Leaving Certificate Examination, 1902
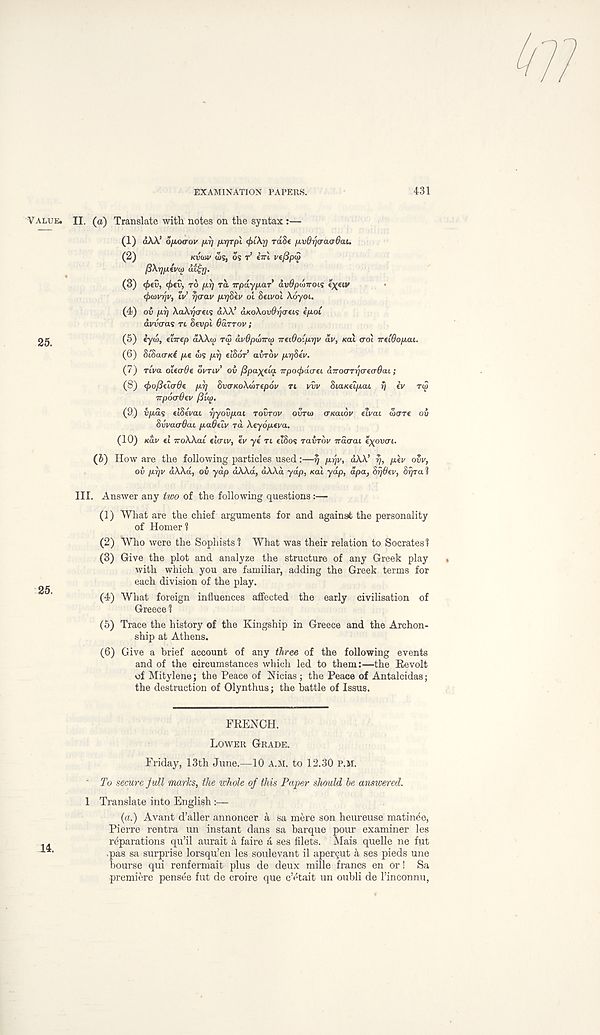
EXAMINATION PAPERS.
431
II. (a) Translate with notes on the syntax:—
(1) dAA 1 ofJ.o<rov fir] fx.r)Tpl <£1X77 rdSe /MvOrjcravOau
(2)
KVWV <Ss, os T’ CTTl vefip<2
f3\r][tiv(i) at$y.
(3) $ev, <^cv, TO
rd irpaypar avOpwirois l^eiv
(fuDvrjv, tv’ ^crav fir]Skv ot Setvol Aoyoi.
(4) ov p.rj AflA^cets dAA’ aKoXovd-r/creis t/tot
dvvcras Tt Sevpt fidrrov ;
(5) eyoS, etirep dAAa) rai avdpdnrip TruOoip.Tjv av, (cat croi ireCOofiai.
(6) StSacrKl fie <Ls
€tSoV a urdv pijSev.
(7) riva oicaOe OVTLV' OV /Spa^eta Trpotpdcrei aTroarTrjcrecrOtu;
(8) (pofieicrde fj.r) 8vaKo\<!>T€p6v Tt viv Sta/tetpat 17 tv rip
TTpoadev /Sia).
(9,) vpds tiStvat r/yovp.ai TOVTOV OVTIO crKaiov elvau wort ou
8vva<rdcu p.a$tlv rd Atydptva.
(10) Kav ti TroAAai eto-tv, tv yt rt ctSos ravrov Trao-ai e\ovtrt.
(b) How are the following particles used:—v
dAA’
ptv ovv,
00 piyv dAAd, oi ydp dAAd, dAAd ydp, xat yap, dpa, 8rj&€v, Srjra 1
III. Answer any too of the following questions:—
(1) What are the chief arguments for and against the personality
of Homer 1
(2) Who were the Sophists? What was their relation to Socrates?
(3) Give the plot and analyze the structure of any Greek play
with which you are familiar, adding the Greek terms for
each division of the play.
(4) What foreign influences affected the early civilisation of
Greece ?
(5) Trace the history of the Kingship in Greece and the Archon-
ship at Athens.
(6) Give a brief account of any three of the following events
and of the circumstances which led to them:—the Revolt
of Mitylene; the Peace of Nicias ; the Peace of Antalcidas;
the destruction of Olynthus; the battle of Issus.
FRENCH.
LOWER GRADE.
Friday, 13th June.—10 A.M. to 12.30 P.M.
' To secure Jull marks, the whole of this Paper should be answered.
1 Translate into English
{a.) Avant d’aller annoncer a sa mere son heureuse matinee,
Pierre rentra un instant dans sa barque pour examiner les
reparations qu’il aurait a faire a ses filets. Mais quelle ne fut
pas sa surprise lorsqu’en les soulevant il apercut a ses pieds une
bourse qui renfermait plus de deux mille francs en or! Sa
premiere pensee fut de croire que c’etait un oubli de I’inconnu,